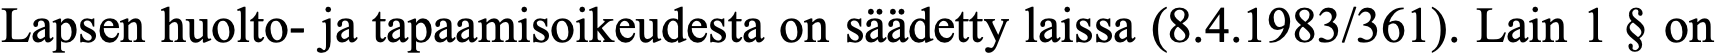
Lapsen huolto- ja tapaamisoikeudesta on säädetty laissa (8.4.1983/361). Lain 1 § on